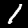
Digit: 1